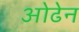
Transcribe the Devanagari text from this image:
ओढेन